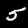
Label: 5